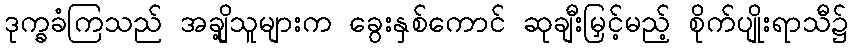
ဒုက္ခခံကြသည် အချို့သူများက ခွေးနှစ်ကောင် ဆုချီးမြှင့်မည့် စိုက်ပျိုးရာသီ၌